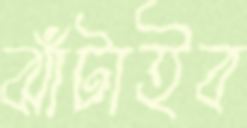
ঝাঁটাইব